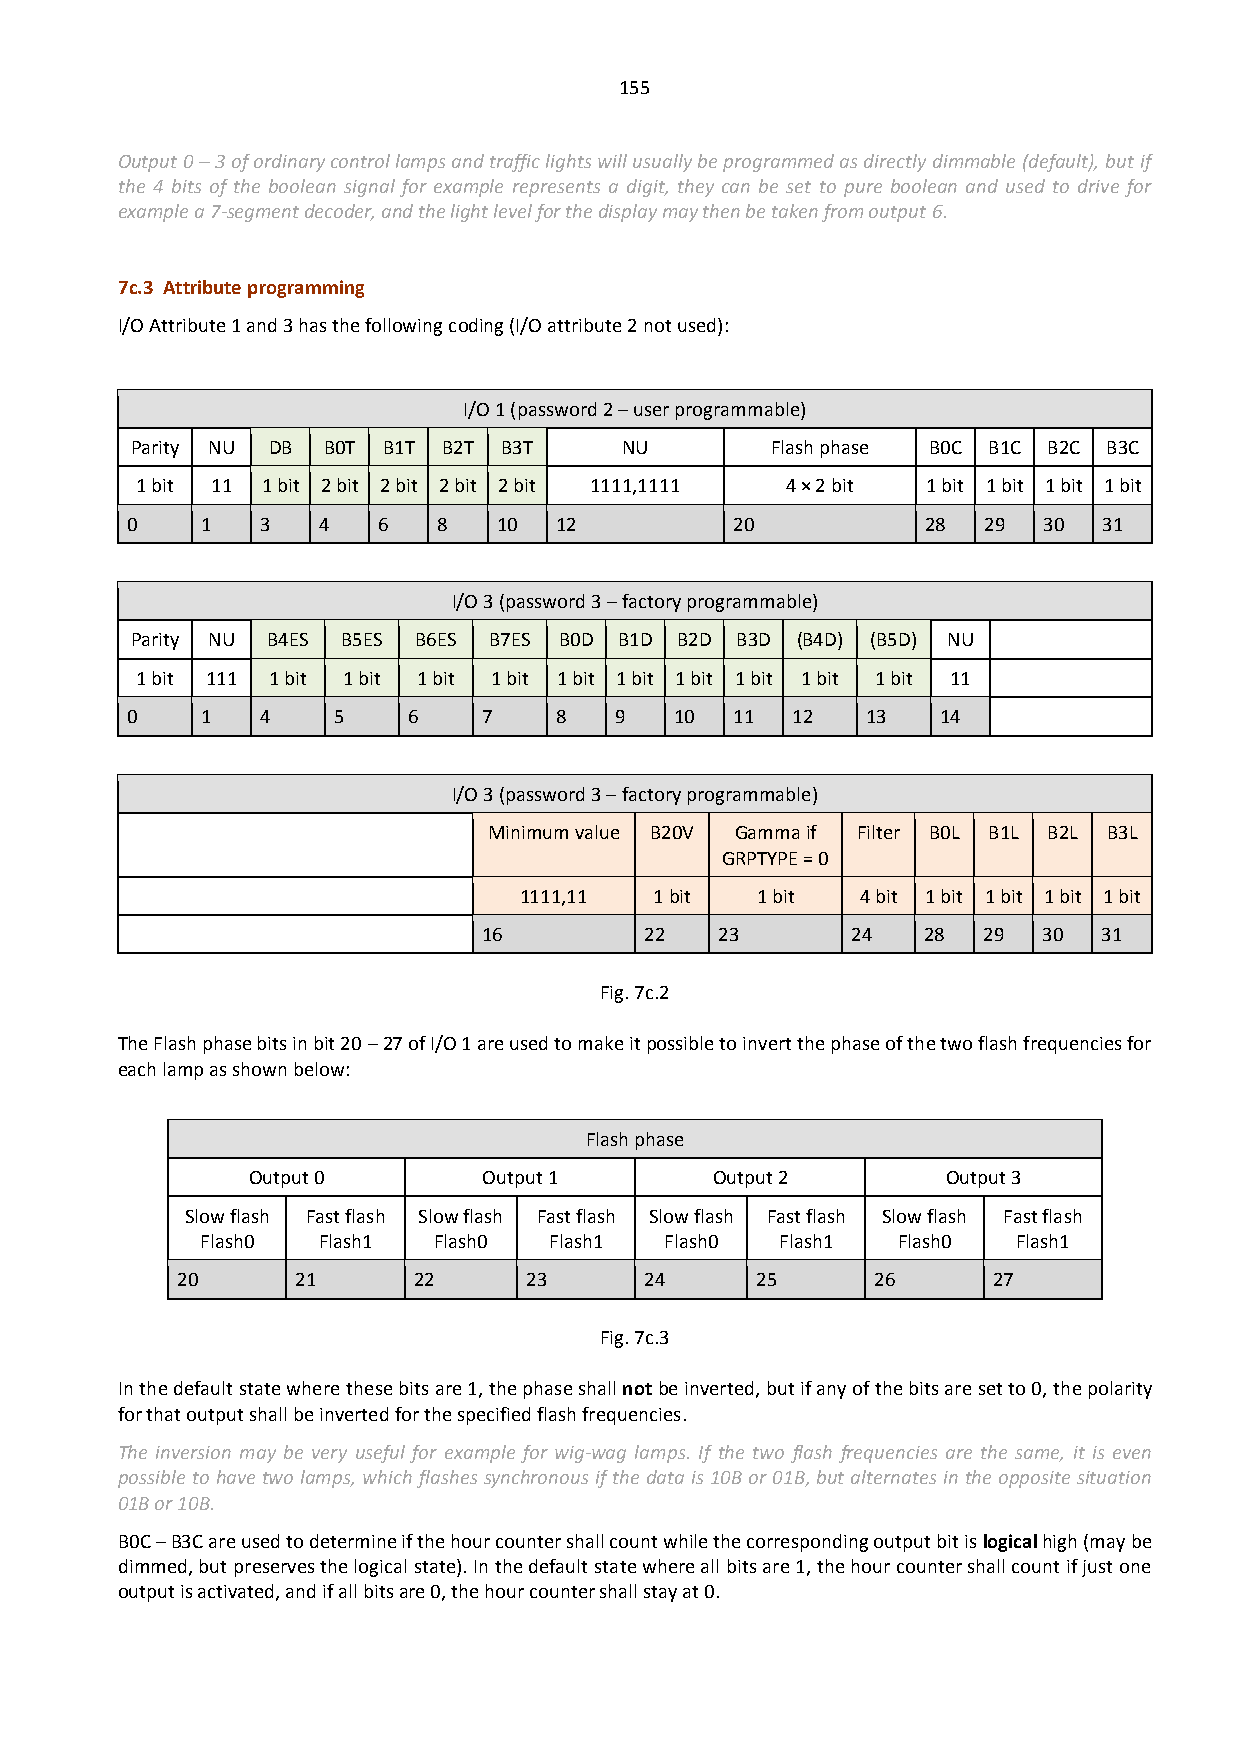
155
 Output 0 – 3 of ordinary control lamps and traffic lights will usually be programmed as directly dimmable (default), but if
 the 4 bits of the boolean signal for example represents a digit, they can be set to pure boolean and used to drive for
 example a 7-segment decoder, and the light level for the display may then be taken from output 6.
 7c.3 Attribute programming
 I/O Attribute 1 and 3 has the following coding (I/O attribute 2 not used):
 I/O 1 (password 2 – user programmable)
 Parity NU DB B0T B1T B2T B3T    NU        Flash phase B0C B1C B2C B3C
 1 bit 11 1 bit 2 bit 2 bit 2 bit 2 bit 1111,1111 4 × 2 bit 1 bit 1 bit 1 bit 1 bit
 0    1   3   4   6   8   10  12          20          28  29  30  31
 I/O 3 (password 3 – factory programmable)
 Parity NU B4ES B5ES B6ES B7ES B0D B1D B2D B3D (B4D) (B5D) NU
 1 bit 111 1 bit 1 bit 1 bit 1 bit 1 bit 1 bit 1 bit 1 bit 1 bit 1 bit 11
 0    1   4    5    6    7    8   9   10  11 12   13   14
 I/O 3 (password 3 – factory programmable)
 Minimum value B20V Gamma if Filter B0L B1L B2L B3L
 GRPTYPE = 0
 1111,11  1 bit  1 bit  4 bit 1 bit 1 bit 1 bit 1 bit
 16         22   23      24   28  29  30  31
 Fig. 7c.2
 The Flash phase bits in bit 20 – 27 of I/O 1 are used to make it possible to invert the phase of the two flash frequencies for
 each lamp as shown below:
 Flash phase
 Output 0        Output 1       Output 2        Output 3
 Slow flash Fast flash Slow flash Fast flash Slow flash Fast flash Slow flash Fast flash
 Flash0  Flash1  Flash0 Flash1  Flash0  Flash1 Flash0  Flash1
 20      21     22      23      24     25      26      27
 Fig. 7c.3
 In the default state where these bits are 1, the phase shall not be inverted, but if any of the bits are set to 0, the polarity
 for that output shall be inverted for the specified flash frequencies.
 The inversion may be very useful for example for wig-wag lamps. If the two flash frequencies are the same, it is even
 possible to have two lamps, which flashes synchronous if the data is 10B or 01B, but alternates in the opposite situation
 01B or 10B.
 B0C – B3C are used to determine if the hour counter shall count while the corresponding output bit is logical high (may be
 dimmed, but preserves the logical state). In the default state where all bits are 1, the hour counter shall count if just one
 output is activated, and if all bits are 0, the hour counter shall stay at 0.